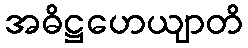
အဓိဋ္ဌဟေယျာတိ